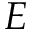
E